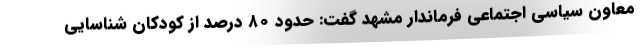
معاون سیاسی اجتماعی فرماندار مشهد گفت: حدود ۸۰ درصد از کودکان شناسایی